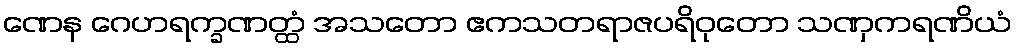
ဏေန ဂေဟရက္ခဏတ္ထံ အသတော ဧကသတရာဇပရိဝုတော သဏှကရဏိယံ